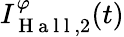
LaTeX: I_{\mathrm{~H~a~l~l~},2}^{\varphi}(t)